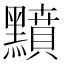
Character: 𪒰